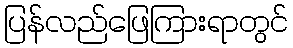
ပြန်လည်ဖြေကြားရာတွင်